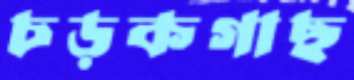
চড়কগাছ